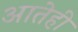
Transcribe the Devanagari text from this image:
आतेही